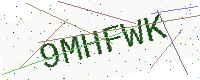
Text: 9MHFWK